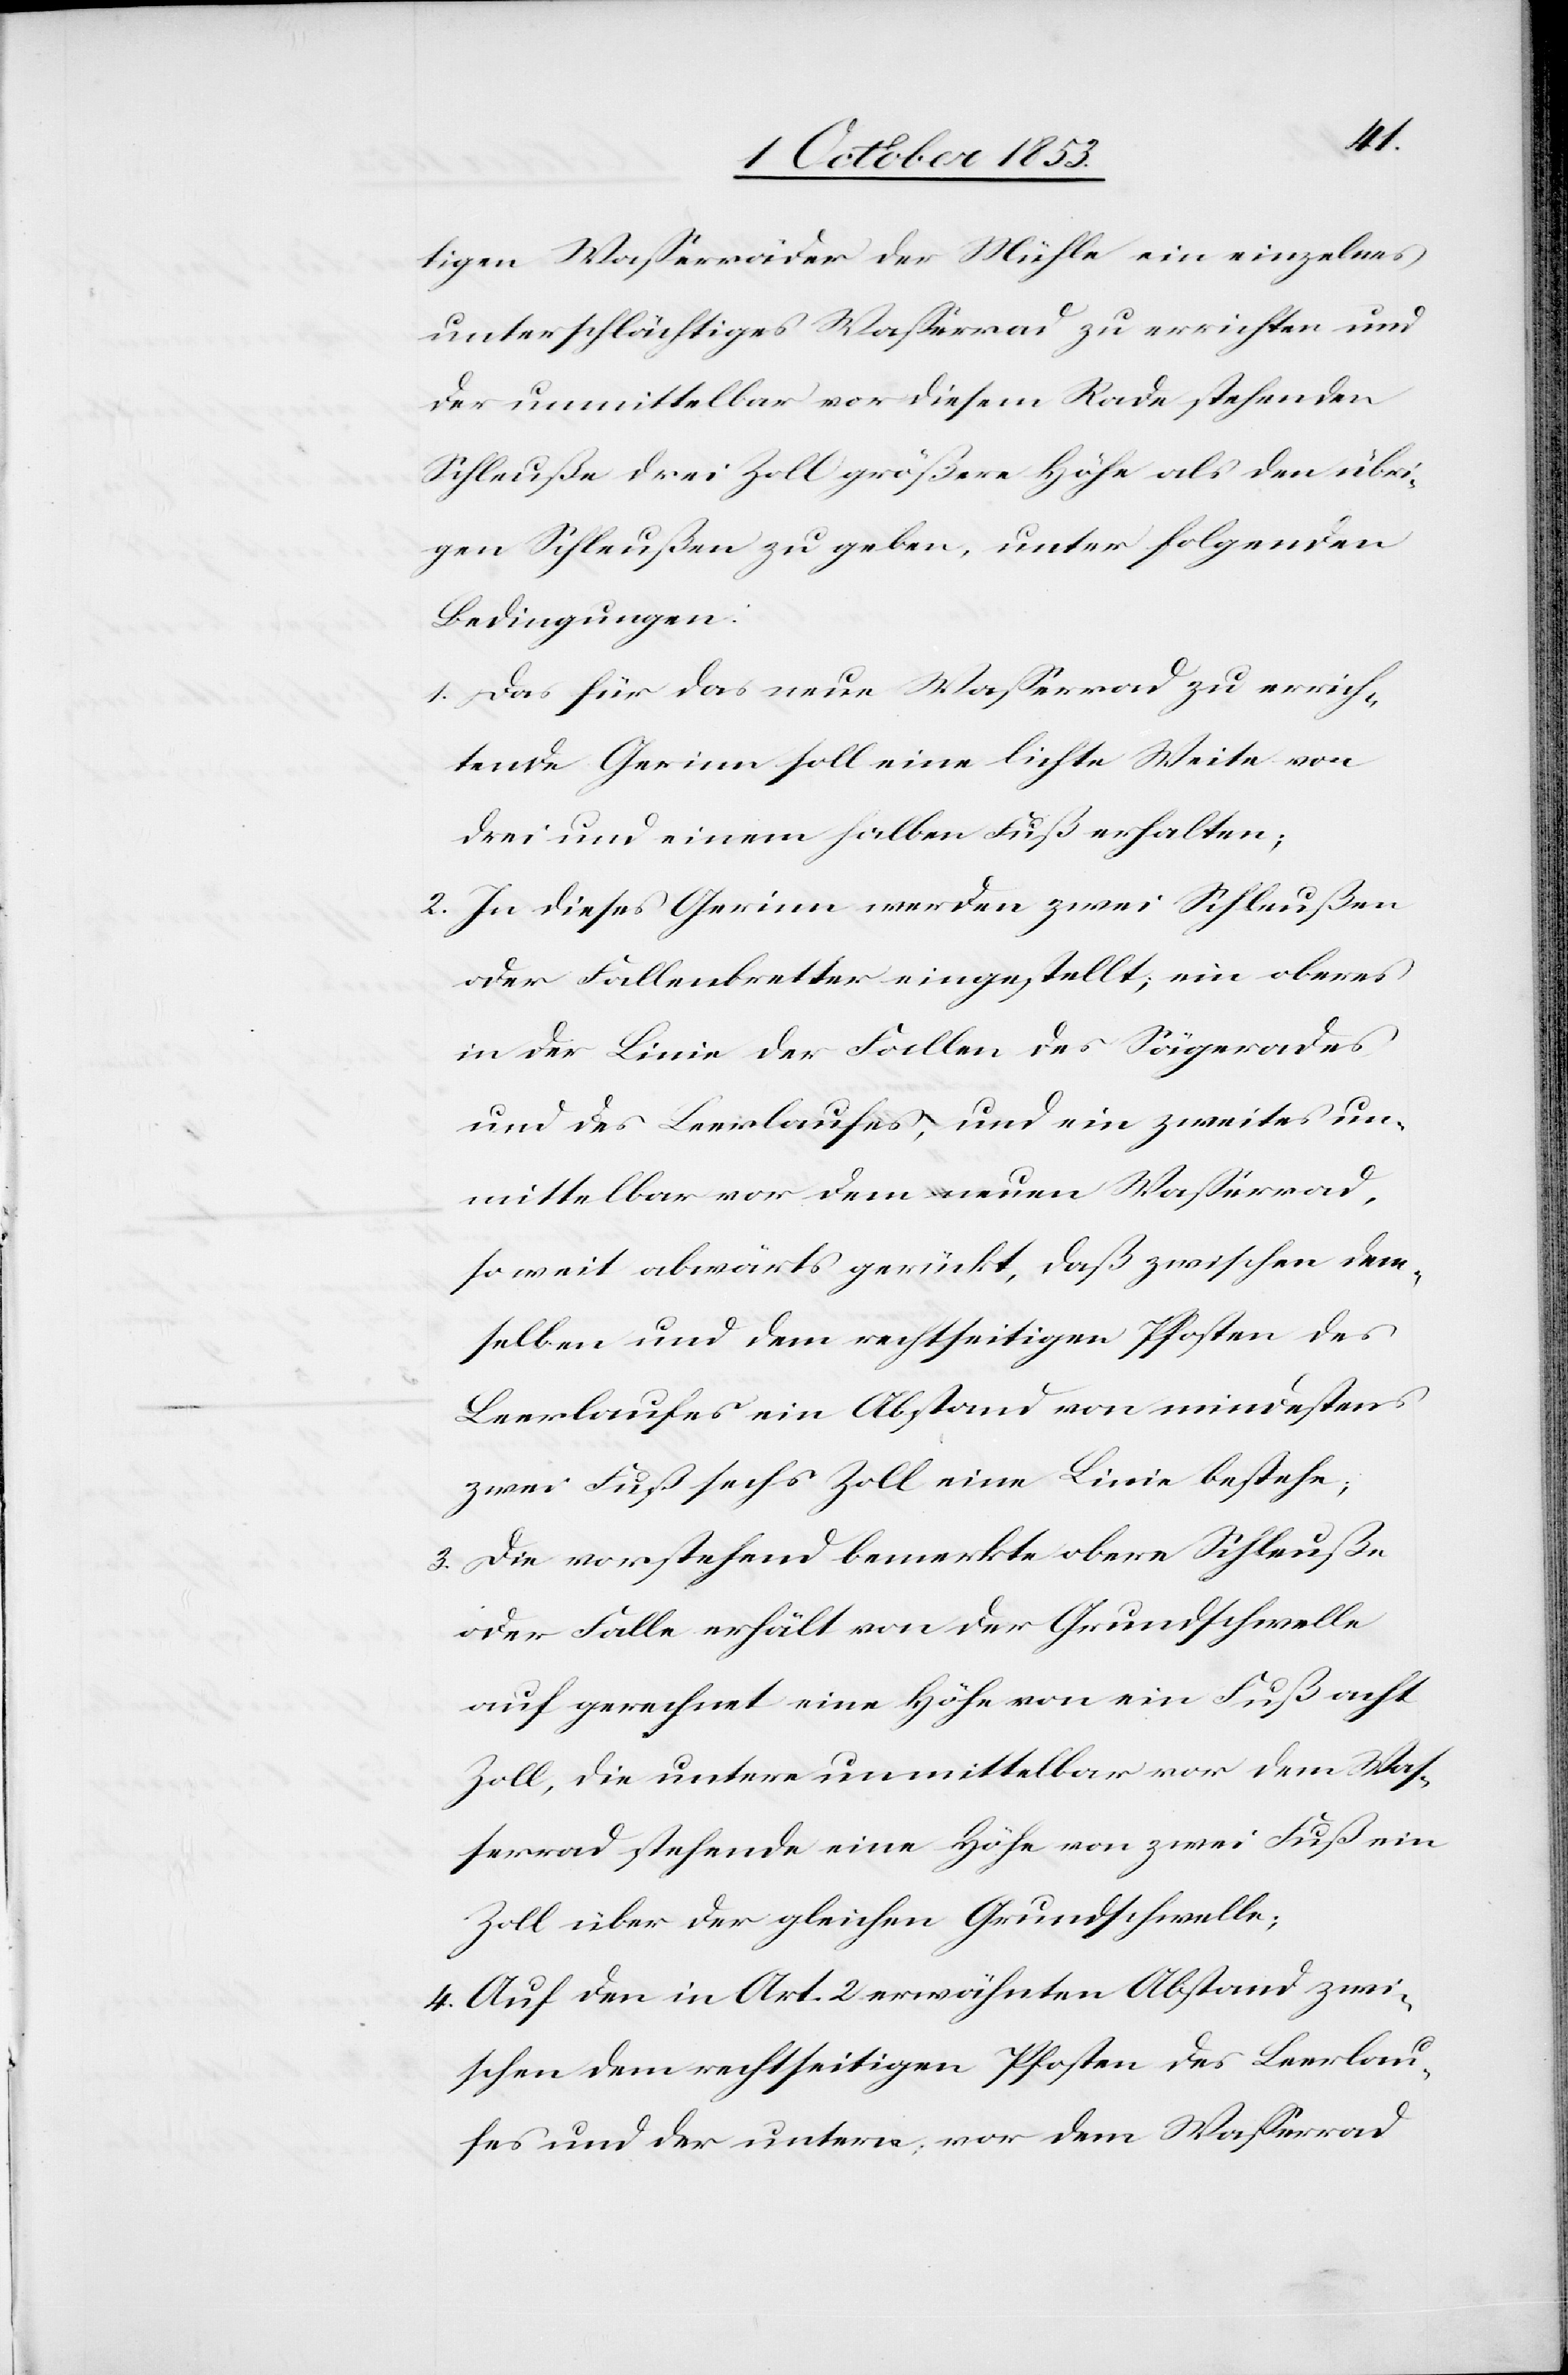
tigen Waßerräder der Mühle ein einzelnes
unterschlächtiges Waßerrad zu errichten und
der unmittelbar vor diesem Rade stehenden
Schleuße drei Zoll größere Höhe als den übri¬
gen Schleußen zu geben, unter folgenden
Bedingungen:
1. Das für das neue Waßerrad zu errich¬
tende Gerinn soll eine lichte Weite von
drei und einen halben Fuß erhalten;
2. In dieses Gerinn werden zwei Schleußen
oder Fallenbretter eingestellt; ein oberes
in der Linie der Fallen des Sägerades
und des Leerlaufes, und ein zweites un¬
mittelbar vor dem neuen Waßerrad,
soweit abwärts gerückt, daß zwischen dem¬
selben und dem rechtseitigen Pfosten des
Leerlaufes ein Abstand von mindestens
zwei Fuß sechs Zoll eine Linie bestehe;
3. Die vorstehend bemerkte obere Schleuße
oder Falle erhält von der Grundschwelle
auf gerechnet eine Höhe von ein Fuß acht
Zoll, die untere unmittelbar vor dem Was¬
serrad stehende eine Höhe von zwei Fuß ein
Zoll über der gleichen Grundschwelle;
4. Auf den in Art. 2 erwähnten Abstand zwi¬
schen dem rechtseitigen Pfosten des Leerlau¬
fes und der untern vor dem Waßerrad